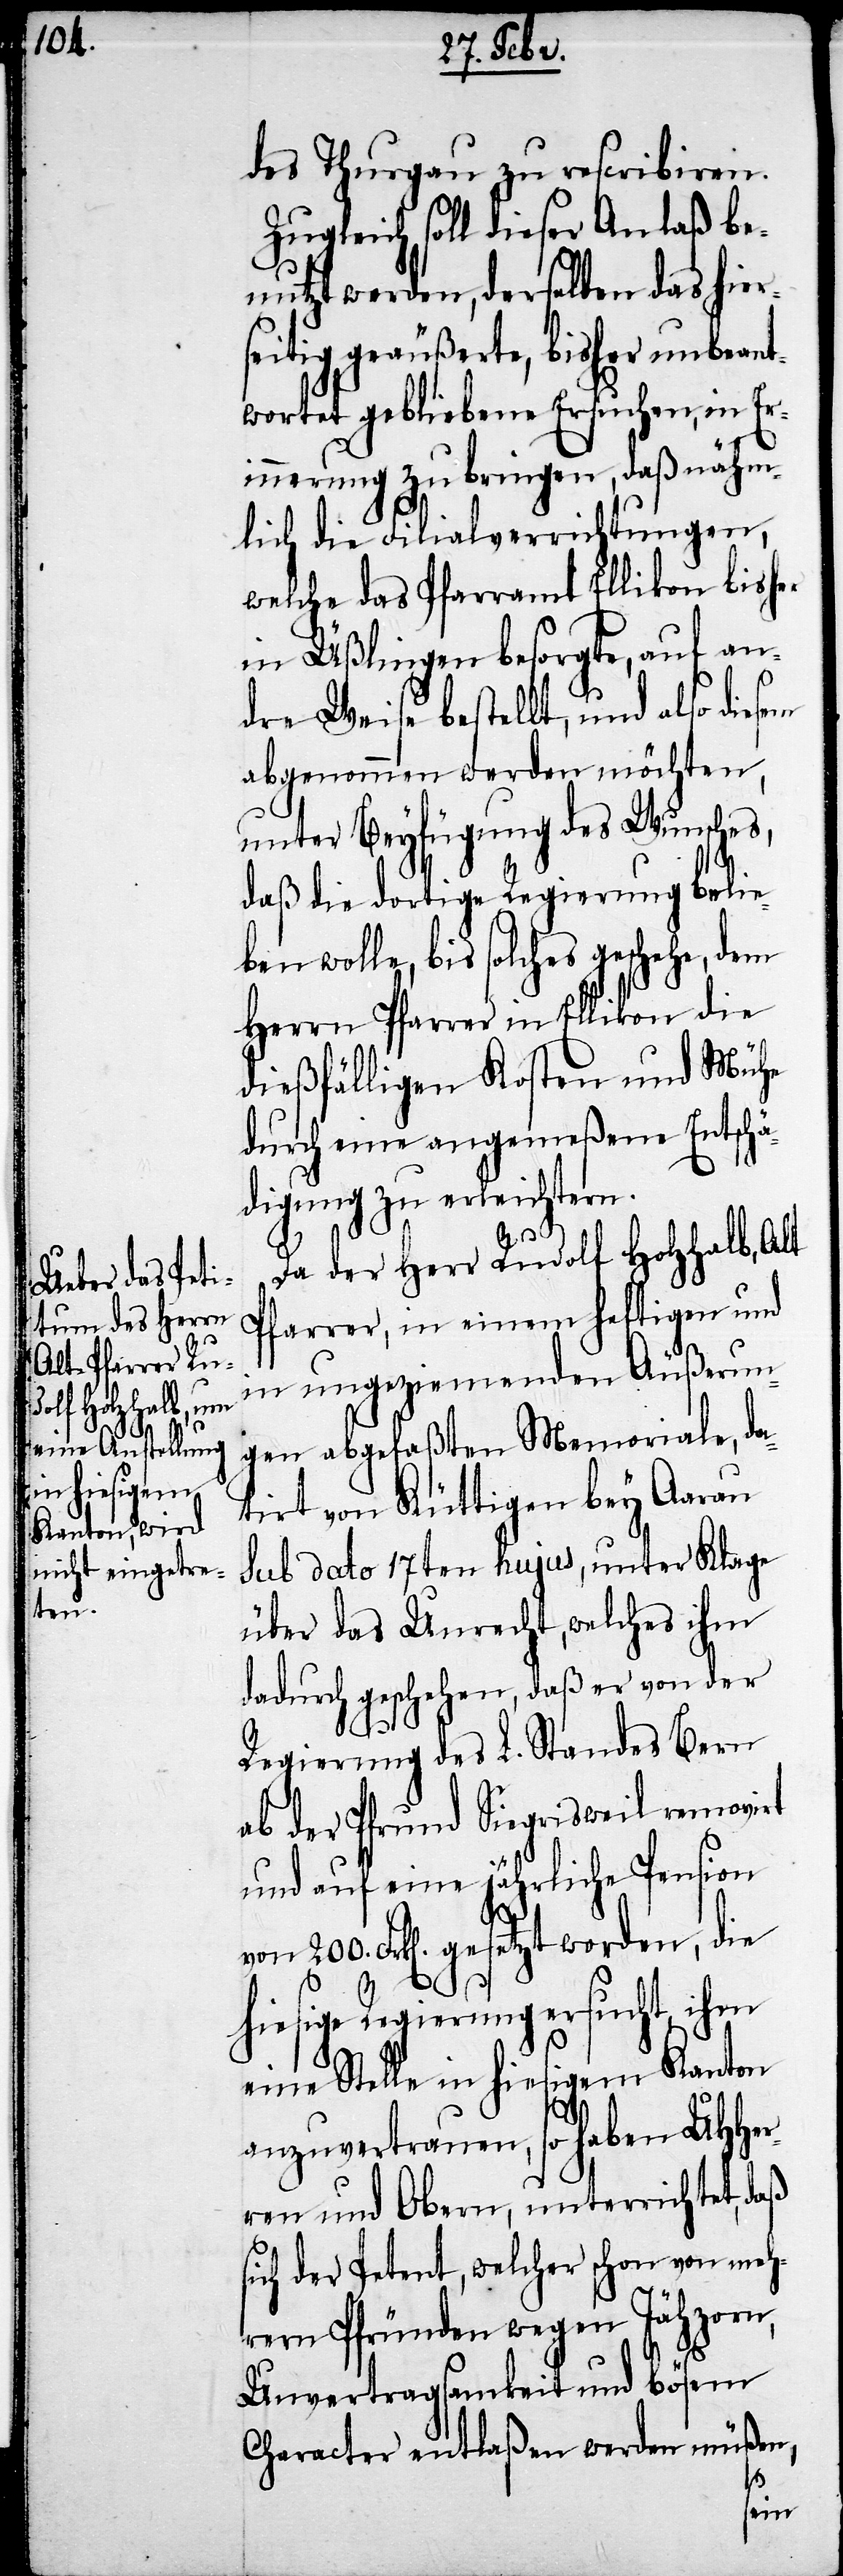
die

des Thurgau zu rescribiren.
Zugleich soll dieser Anlaß be¬
nutzt werden, derselben das hier¬
seitig geäußerte, bisher unbeant¬
wortet gebliebene Ersuchen, in Eri¬
nnerung zu bringen, daß nähm¬
lich die Filialverrichtungen,
welche das Pfarramt Ellikon bisher
in Üßlingen besorgte, auf an¬
dre Weise bestellt, und also diesem
abgenommen werden möchten,
unter Beyfügung des Wunsches,
daß die dortige Regierung belie¬
ben wolle, bis solches geschehe, dem
Herrn Pfarrer in Ellikon die
dießfälligen Kosten und Mühe
durch eine angemeßene Entschä¬
digung zu erleichtern.
Da der Herr Rudolf Holzhalb, Alt
Pfarrer, in einem heftigen und
in ungeziemenden Äußerun¬
gen abgefaßten Memoriale, da¬
tirt von Küttligen bey Aarau
sub dato 17ten hujus, unter Klage
über das Unrecht, welches ihm
dadurch geschehen, daß er von der
Regierung des L. Standes Bern
ab der Pfrund Siegrisweil removirt
und auf eine jährliche Pension
hiesige Regierung ersucht, ihm
eine Stelle in hiesigem Kanton
anzuvertrauen, so haben UHHer¬
ren und Obern, unterrichtet, daß
sich der Petent, welcher schon von meh¬
rern Pfründen wegen Jähzorn,
Unvertragsamkeit und bösem
Character entlaßen werden müßen,